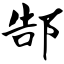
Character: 郜